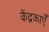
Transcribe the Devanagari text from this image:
केंद्रकाएँ